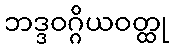
ဘဒ္ဒဝဂ္ဂိယဝတ္ထု